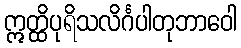
ဣတ္ထိပုရိသလိင်္ဂပါတုဘာဝေါ